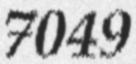
7049